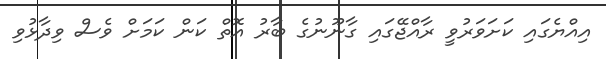
އިއްޔެގައި ކަށަވަރުވީ ރާއްޖޭގައި ގާނޫނުގެ ބާރު އޮތް ކަން ކަމަށް ވެސް ވިދާޅުވި